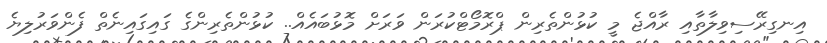
އިނގިރޭސިވިލާތާއި ރާއްޖެ މީ ކުޅުންތެރިން ޕްރޮމޯޓްކުރަން ވަރަށް މޮޅުބައެއް.. ކުޅުންތެރިންގެ ގައިގައިނެތް ފެންވަރުލިޔެ